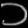
Digit: ၁